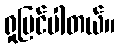
ရှုမြင်ပါတယ်။